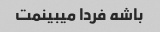
باشه فردا میبینمت